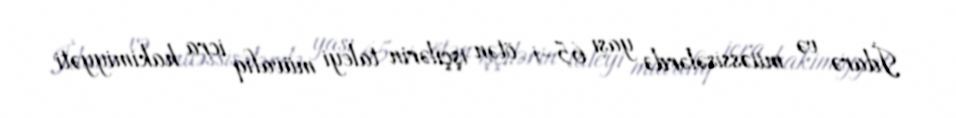
İdarə və müəssisələrdə yaşı 65-i ötən işçilərin taleyi müvafiq icra hakimiyyəti